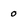
Character: 0